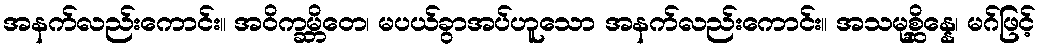
အနက်လည်းကောင်း။ အဝိက္ခမ္ဘိတေ၊ မပယ်ခွာအပ်ဟူသော အနက်လည်းကောင်း။ အသမုစ္ဆိန္နေ၊ မဂ်ဖြင့်